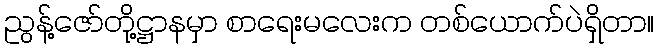
ညွန့်ဇော်တို့ဋ္ဌာနမှာ စာရေးမလေးက တစ်ယောက်ပဲရှိတာ။